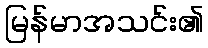
မြန်မာအသင်း၏